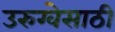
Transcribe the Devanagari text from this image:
उरुग्वेसाठी